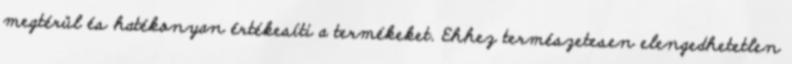
megtérül és hatékonyan értékesíti a termékeket. Ehhez természetesen elengedhetetlen